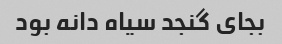
بجای گنجد سیاه دانه بود